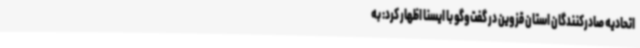
اتحادیه صادرکنندگان استان قزوین در گفت‌وگو با ایسنا اظهار کرد: به